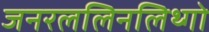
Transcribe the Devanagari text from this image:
जनरललिनलिथ्गो